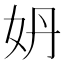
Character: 𡛓